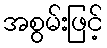
အစွမ်းဖြင့်